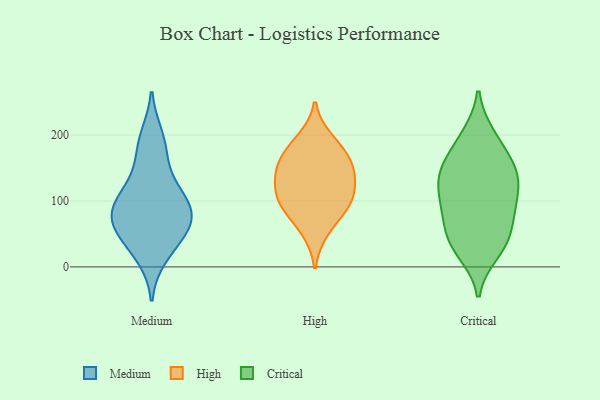
{"axis": {"x": "Budget (USD K)", "y": "Value"}, "legend": ["Critical", "High", "Medium"], "data": [{"x": "", "y": 172, "type": "Medium"}, {"x": "", "y": 69, "type": "Medium"}, {"x": "", "y": 198, "type": "Medium"}, {"x": "", "y": 47, "type": "Medium"}, {"x": "", "y": 83, "type": "Medium"}, {"x": "", "y": 16, "type": "Medium"}, {"x": "", "y": 130, "type": "Medium"}, {"x": "", "y": 104, "type": "Medium"}, {"x": "", "y": 50, "type": "Medium"}, {"x": "", "y": 77, "type": "Medium"}, {"x": "", "y": 98, "type": "Medium"}, {"x": "", "y": 88, "type": "High"}, {"x": "", "y": 54, "type": "High"}, {"x": "", "y": 96, "type": "High"}, {"x": "", "y": 161, "type": "High"}, {"x": "", "y": 130, "type": "High"}, {"x": "", "y": 143, "type": "High"}, {"x": "", "y": 152, "type": "High"}, {"x": "", "y": 194, "type": "High"}, {"x": "", "y": 178, "type": "High"}, {"x": "", "y": 98, "type": "High"}, {"x": "", "y": 115, "type": "High"}, {"x": "", "y": 86, "type": "Critical"}, {"x": "", "y": 32, "type": "Critical"}, {"x": "", "y": 54, "type": "Critical"}, {"x": "", "y": 134, "type": "Critical"}, {"x": "", "y": 171, "type": "Critical"}, {"x": "", "y": 126, "type": "Critical"}, {"x": "", "y": 108, "type": "Critical"}, {"x": "", "y": 92, "type": "Critical"}, {"x": "", "y": 148, "type": "Critical"}, {"x": "", "y": 200, "type": "Critical"}, {"x": "", "y": 47, "type": "Critical"}, {"x": "", "y": 131, "type": "Critical"}, {"x": "", "y": 95, "type": "Critical"}, {"x": "", "y": 199, "type": "Critical"}, {"x": "", "y": 28, "type": "Critical"}, {"x": "", "y": 148, "type": "Critical"}, {"x": "", "y": 157, "type": "Critical"}, {"x": "", "y": 21, "type": "Critical"}, {"x": "", "y": 68, "type": "Critical"}]}